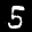
Label: 5